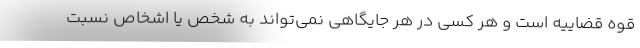
قوه قضاییه است و هر کسی در هر جایگاهی نمی‌تواند به شخص یا اشخاص نسبت